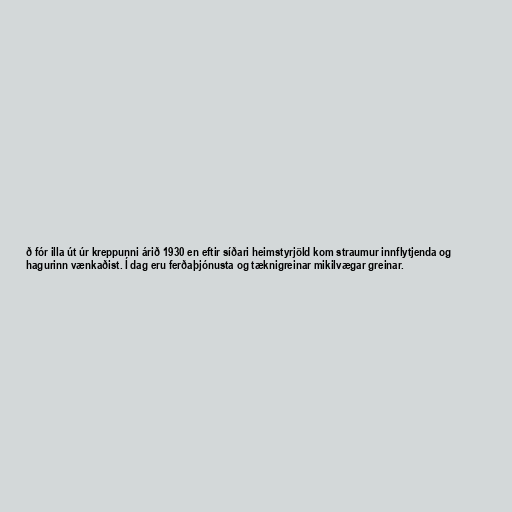
ð fór illa út úr kreppunni árið 1930 en eftir síðari heimstyrjöld kom straumur innflytjenda og
hagurinn vænkaðist. Í dag eru ferðaþjónusta og tæknigreinar mikilvægar greinar.